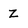
Character: Z